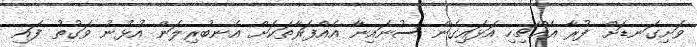
ވަށިގަނޑަށް ފުރާ އެއްޗިހި އަޅައިގެން ސުނައިނާ އެއްފަރާތަކަށް އެނބުރިލަން އުޅުނު ވަގުތު ފައި